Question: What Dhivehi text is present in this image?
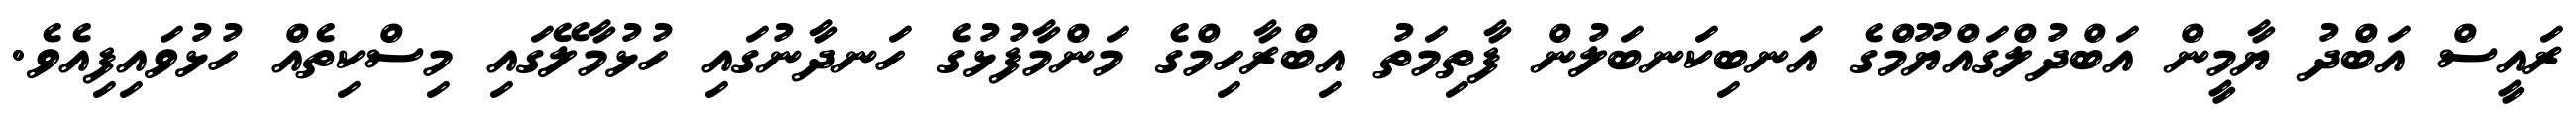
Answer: ރައީސް އަބްދު ޔާމީން އަބްދުލްގައްޔޫމްގެ އަނބިކަނބަލުން ފާތިމަތު އިބްރާހިމްގެ މަންމާފުޅުގެ ހަނދާނުގައި ހުޅުމާލޭގައި މިސްކިތެއް ހުޅުވައިފިއެވެ.